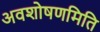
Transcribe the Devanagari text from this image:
अवशोषणमिति